Indian journal of veterinary science and animal husbandry - Volumes 22-23, 1952-1953
Year: 1952
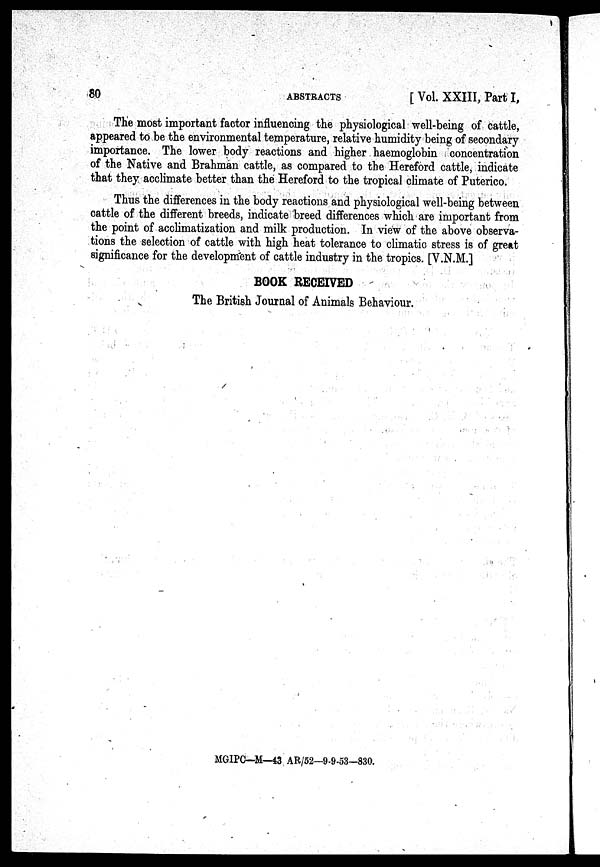
80
ABSTRACTS
[ Vol. XXIII, Part I,
The most important factor influencing the physiological well-being of cattle,
appeared to be the environmental temperature, relative humidity being of secondary
importance. The lower body reactions and higher. haemoglobin concentration
of the Native and Brahman cattle, as compared to the Hereford cattle, indicate
that they acclimate better than the Hereford to the tropical climate of Puterico.
Thus the differences in the body reactions and physiological well-being between
cattle of the different breeds, indicate breed differences which are important from
the point of acclimatization and milk production. In view of the above observa-
tions the selection of cattle with high heat tolerance to climatic stress is of great
significance for the development of cattle industry in the tropics. [V.N.M.]
BOOK RECEIVED
The British Journal of Animals Behaviour.
MGIPC—M—43 AR/52—9-9-53—830.